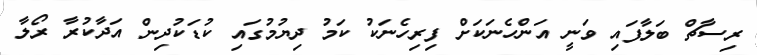
ރިސާޗް ބަލާފައި ވަނީ އަންހެނަކަށް ފިރިހެނަކު ކަމު ދިޔުމުގައި ކުޑަކުދިން އަދާކުރާ ރޯލާ